Indian journal of veterinary science and animal husbandry - Volume 5,
Year: 1935
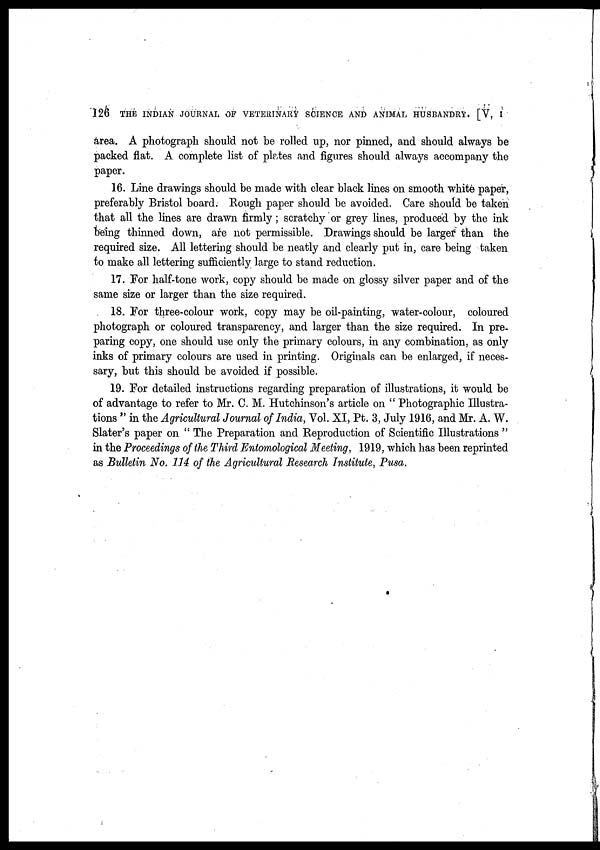
126 THE INDIAN JOURNAL OF VETERINARY SCIENCE AND ANIMAL HUSBANDRY. [V, I
area. A photograph should not be rolled up, nor pinned, and should always be
packed flat. A complete list of plates and figures should always accompany the
paper.
16. Line drawings should be made with clear black lines on smooth white paper,
preferably Bristol board. Rough paper should be avoided. Care should be taken
that all the lines are drawn firmly ; scratchy or grey lines, produced by the ink
being thinned down, are not permissible. Drawings should be larger than the
required size. All lettering should be neatly and clearly put in, care being taken
to make all lettering sufficiently large to stand reduction.
17. For half-tone work, copy should be made on glossy silver paper and of the
same size or larger than the size required.
18. For three-colour work, copy may be oil-painting, water-colour, coloured
photograph or coloured transparency, and larger than the size required. In pre-
paring copy, one should use only the primary colours, in any combination, as only
inks of primary colours are used in printing. Originals can be enlarged, if neces-
sary, but this should be avoided if possible.
19. For detailed instructions regarding preparation of illustrations, it would be
of advantage to refer to Mr. C. M. Hutchinson's article on " Photographic Illustra-
tions " in the Agricultural Journal of India, Vol. XI, Pt. 3, July 1916, and Mr. A. W.
Slater's paper on " The Preparation and Reproduction of Scientific Illustrations "
in the Proceedings of the Third Entomological Meeting, 1919, which has been reprinted
as Bulletin No. 114 of the Agricultural Research Institute, Pusa.